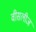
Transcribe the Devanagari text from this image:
वीसलीज